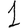
Digit: 1